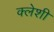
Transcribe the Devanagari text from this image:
क्लेशी